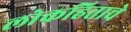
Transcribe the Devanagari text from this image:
लोकहिताचे